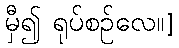
မှီ၍ ရုပ်စဉ်လေ။]